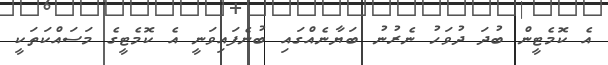
އެ ކޮމެޓީން ބުދަ ދުވަހު ނެރުުނު ބަޔާނެއްގައި ބުނެފައިވަނީ އެ ކޮމެޓީގެ މަސައްކަތަކީ